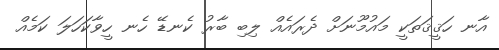
އާނ ހަޤީޤަތަކީ މައުމޫނަށް ދެރައެއް ލިބި ބާރު ކެނޑޭ ހެނ ހީވާކަހަލަ ކަމެއް